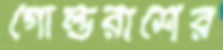
গোল্ডরাশের